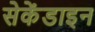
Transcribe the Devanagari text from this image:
सेकेंडाइन